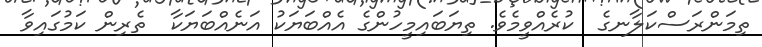
ތިމަންރަސްކަލާނގެ  ކުރެއްވީމެވެ. ތިޔަބައިމީހުންގެ އެއްބަޔަކު އަނެއްބަޔަކާ  ތެރިން ކަމުގައިވާ